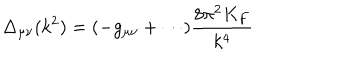
\Delta _ { \mu \nu } ( k ^ { 2 } ) = ( - g _ { \mu \nu } + \cdots ) \frac { 8 \pi ^ { 2 } K _ { F } } { k ^ { 4 } }